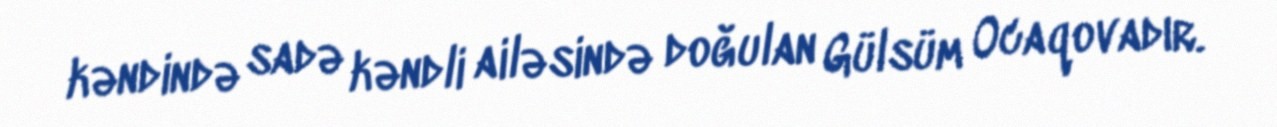
kəndində sadə kəndli ailəsində doğulan Gülsüm Ocaqovadır.